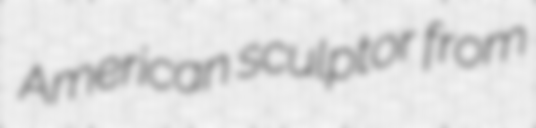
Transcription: American sculptor from